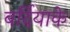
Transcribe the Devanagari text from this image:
बर्दियाके